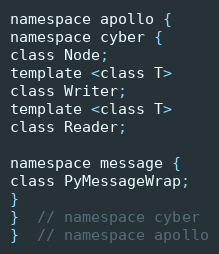
Language: C
namespace apollo {
namespace cyber {
class Node;
template <class T>
class Writer;
template <class T>
class Reader;

namespace message {
class PyMessageWrap;
}
}  // namespace cyber
}  // namespace apollo